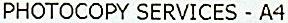
PHOTOCOPY SERVICES - A4